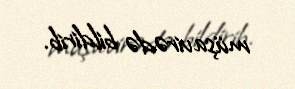
müşavirədə bildirib.